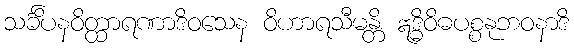
သင်္ခိပနဝိတ္ထာရဏာဒိဝသေန ဝိဟာရသီမန္တိ ဣဒ္ဓိဝိဓပစ္စနုဘဝနာဒိ